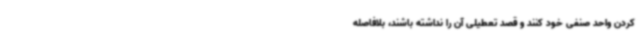
کردن واحد صنفی خود کنند و قصد تعطیلی آن را نداشته باشند، بلافاصله